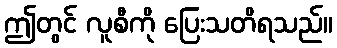
ဤတွင် လူစီကို ပြေးသတိရသည်။